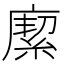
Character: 緳